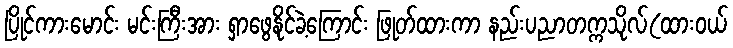
ပြိုင်ကားမောင်း မင်းကြီးအား ရှာဖွေနိုင်ခဲ့ကြောင်း ဖြုတ်ထားကာ နည်းပညာတက္ကသိုလ်(ထားဝယ်